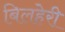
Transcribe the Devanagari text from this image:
बिलहेरी